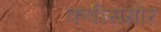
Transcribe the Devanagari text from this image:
कवीसमोर